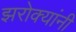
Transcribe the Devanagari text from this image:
झरोक्यांनी